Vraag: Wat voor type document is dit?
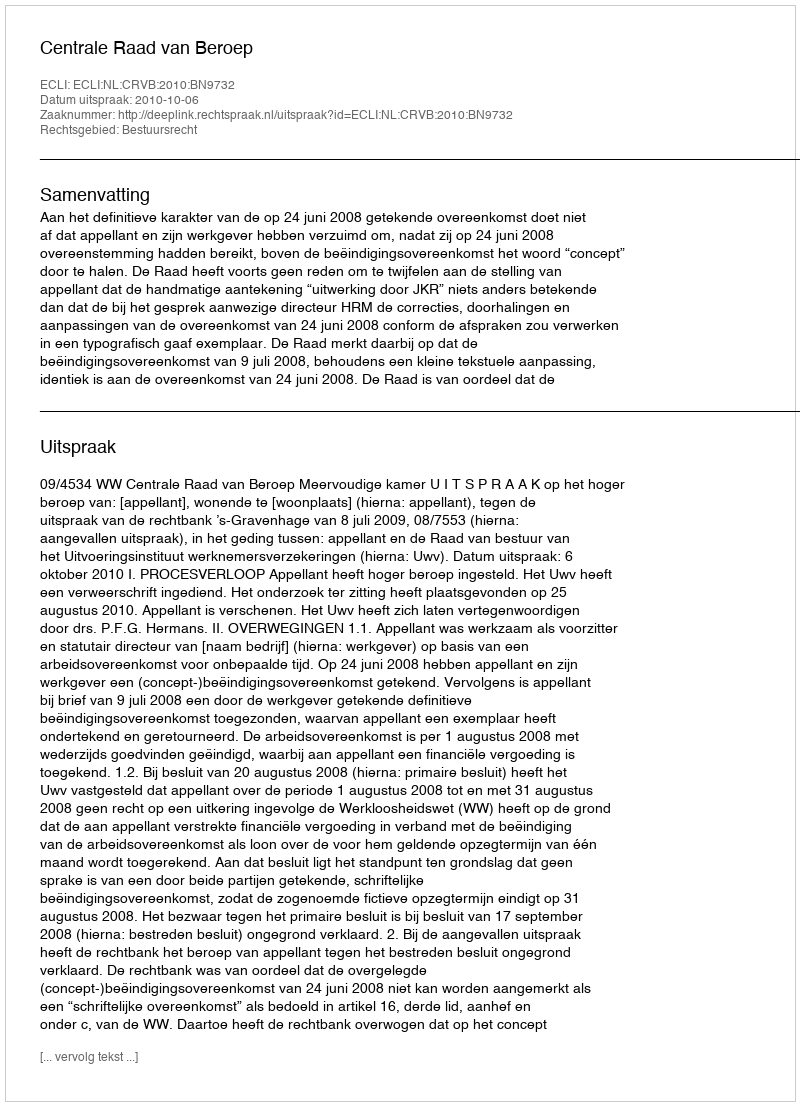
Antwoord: Uitspraak